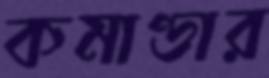
কমাণ্ডার